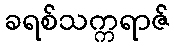
ခရစ်သက္ကရာဇ်